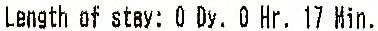
LENGTH OF STAY: 0 DY. 0 HR. 17 MIN.